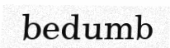
bedumb